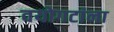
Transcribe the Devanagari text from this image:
वयोगटांना